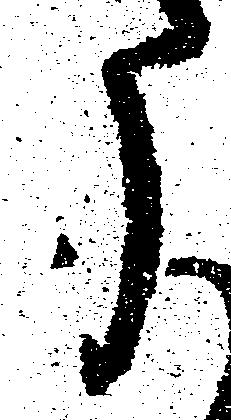
う